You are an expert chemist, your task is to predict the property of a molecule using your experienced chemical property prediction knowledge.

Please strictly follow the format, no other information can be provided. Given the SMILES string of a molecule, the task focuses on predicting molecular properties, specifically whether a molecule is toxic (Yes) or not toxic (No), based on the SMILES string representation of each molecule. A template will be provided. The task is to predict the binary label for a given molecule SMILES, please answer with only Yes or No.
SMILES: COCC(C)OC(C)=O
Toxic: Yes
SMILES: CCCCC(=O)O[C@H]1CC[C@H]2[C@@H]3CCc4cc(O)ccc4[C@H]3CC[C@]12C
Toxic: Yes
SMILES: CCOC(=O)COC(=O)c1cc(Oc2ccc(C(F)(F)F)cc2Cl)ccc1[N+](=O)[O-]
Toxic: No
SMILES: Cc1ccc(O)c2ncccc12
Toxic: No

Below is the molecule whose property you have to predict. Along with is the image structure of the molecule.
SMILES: C[C@H]1[C@H]2[C@H](C[C@H]3[C@@H]4CC[C@H]5C[C@@H](O)CC[C@]5(C)[C@H]4CC(=O)[C@@]32C)O[C@]12CC[C@@H](C)CO2
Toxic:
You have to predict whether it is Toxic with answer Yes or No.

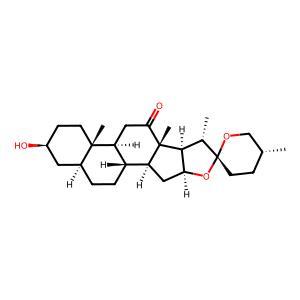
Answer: No